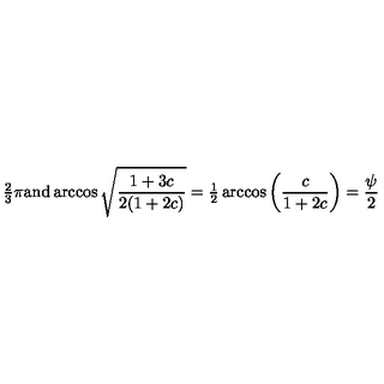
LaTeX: { \textstyle { \frac { 2 } { 3 } } } \pi \mathrm { a n d } \arccos \sqrt { \frac { 1 + 3 c } { 2 ( 1 + 2 c ) } } = { \textstyle { \frac { 1 } { 2 } } } \arccos \left( \frac { c } { 1 + 2 c } \right) = \frac { \psi } { 2 }